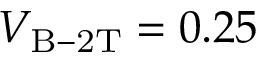
V _ { \mathrm { B - 2 T } } = 0 . 2 5